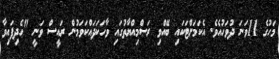
މަހުގެ 11ވަނަ ދުވަހުއެވެ. އެކަމަށްޓަކަައި ބޭއްވި ރަސްމިއްޔާތުގައި ވާހަކަަދައްކަވަމުން ރައީސް ވަނީ "ހެދިފައިވާ